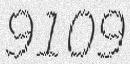
9109